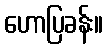
ဟောပြခန်း။